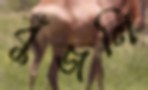
বুঁজলি